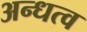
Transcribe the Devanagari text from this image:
अन्धत्व